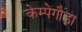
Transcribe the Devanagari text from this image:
केम्पेगौड़ा